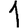
Digit: 1